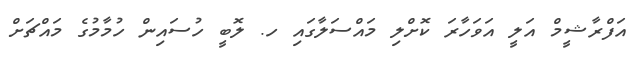
އަފްރާޝީމް އަލީ އަވަހާރަ ކޮށްލި މައްސަލާގައި ހ. ލޮބީ ހުސައިން ހުމާމުގެ މައްޗަށް